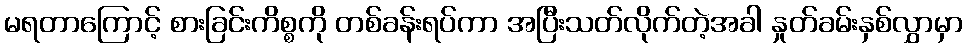
မရတာကြောင့် စားခြင်းကိစ္စကို တစ်ခန်းရပ်ကာ အပြီးသတ်လိုက်တဲ့အခါ နှုတ်ခမ်းနှစ်လွှာမှာ